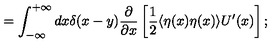
= \int _ { - \infty } ^ { + \infty } d x \delta ( x - y ) \frac { \partial } { \partial x } \left[ \frac { 1 } { 2 } \langle \eta ( x ) \eta ( x ) \rangle U ^ { \prime } ( x ) \right] ;